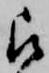
被